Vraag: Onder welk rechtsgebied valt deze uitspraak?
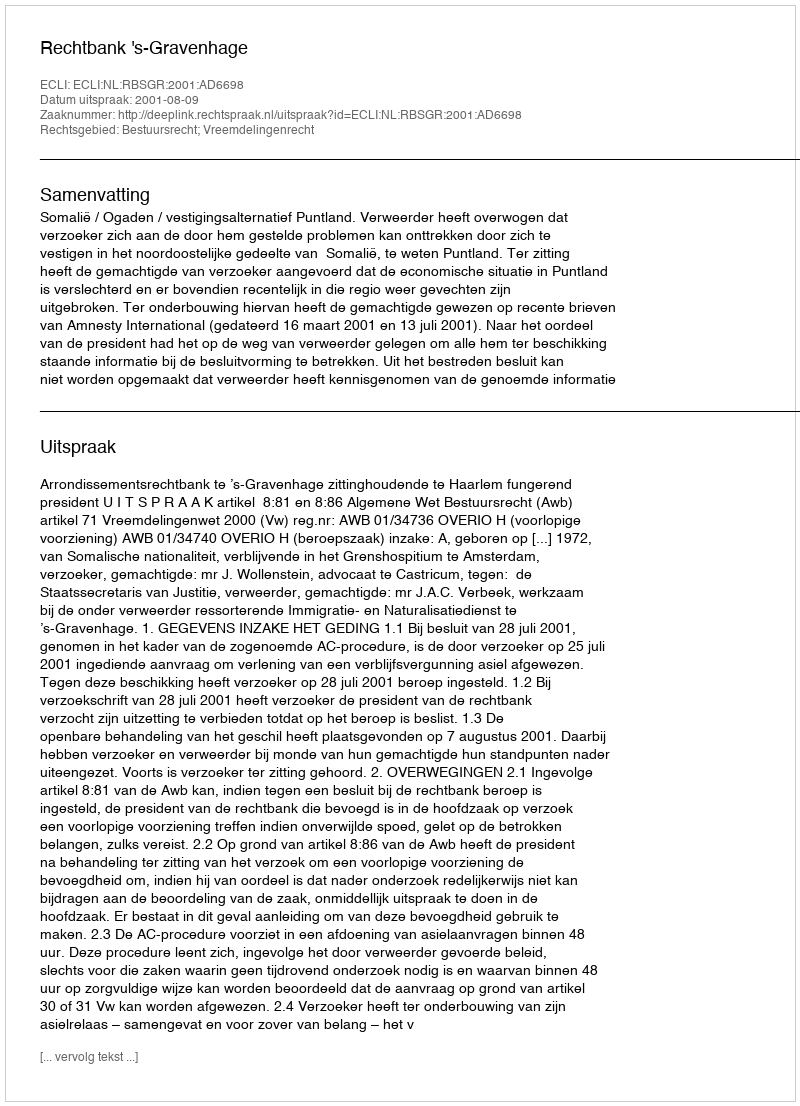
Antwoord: Bestuursrecht; Vreemdelingenrecht